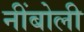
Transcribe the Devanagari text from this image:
नींबोली